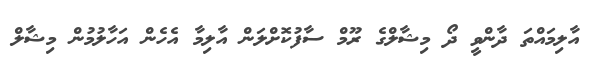
އާލިމައްތަ ދާންވީ ދޯ މިޝާލްގެ ރޫމް ސާފުކޮށްލަން އާލިމާ އެހެން އަހާލުމުން މިޝާލް